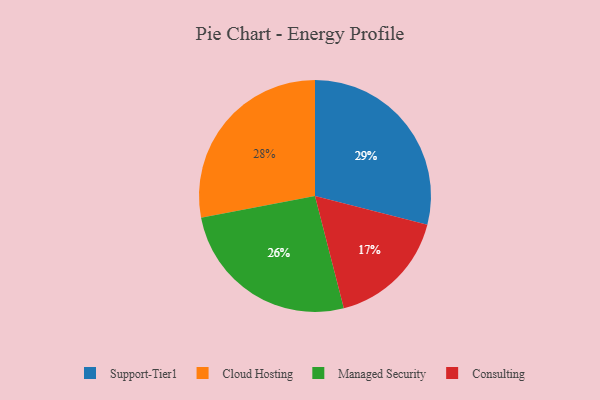
{"axis": {"x": "Category", "y": "Percentage"}, "legend": ["Cloud Hosting", "Consulting", "Managed Security", "Support-Tier1"], "data": [{"x": "Managed Security", "y": 26, "type": "Managed Security"}, {"x": "Cloud Hosting", "y": 28, "type": "Cloud Hosting"}, {"x": "Support-Tier1", "y": 29, "type": "Support-Tier1"}, {"x": "Consulting", "y": 17, "type": "Consulting"}]}